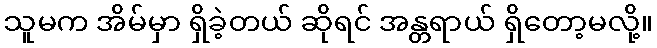
သူမက အိမ်မှာ ရှိခဲ့တယ် ဆိုရင် အန္တရာယ် ရှိတော့မလို့။